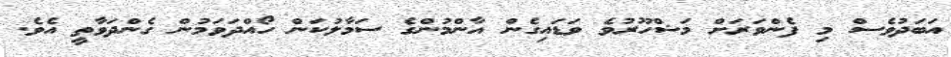
އަބަދުވެސް މި ފެންވަރަށް މަޝްހޫރުވެ ވަޑައިގެން އާންމުންގެ ސަމާލުކަން ހޯއްދަވަމުން ގެންދަވާތީ އެވެ.